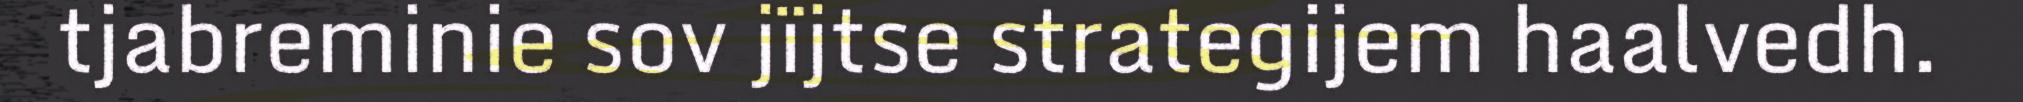
tjabreminie sov jïjtse strategijem haalvedh.